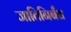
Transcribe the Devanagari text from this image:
जातिनिर्बंध